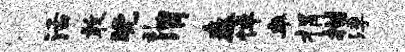
活敢晚乱渭舂悼率捐描浮